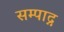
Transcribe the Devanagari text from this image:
सम्पाद्न